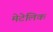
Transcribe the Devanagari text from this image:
मेटेलिक